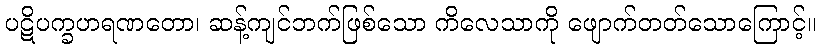
ပဋိပက္ခဟရဏတော၊ ဆန့်ကျင်ဘက်ဖြစ်သော ကိလေသာကို ဖျောက်တတ်သောကြောင့်။